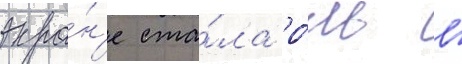
экра́н'е ста́ла ро́ль в